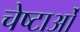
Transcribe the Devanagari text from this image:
चेष्‍टाओं